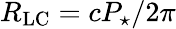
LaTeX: R_{\mathrm{LC}}=cP_{\star}/2\pi